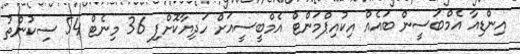
އިންޑިއާ އެމްބަސީން ބައެއް އިކުއިޕްމަންޓް އެމްބީސީއަށް ހަދިޔާކޮށްފި 36 މިނެޓް 54 ސިކުންތު